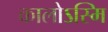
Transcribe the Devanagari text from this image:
कालोऽस्मि